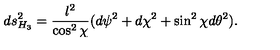
d s _ { H _ { 3 } } ^ { 2 } = { \frac { l ^ { 2 } } { \cos ^ { 2 } \chi } } ( d \psi ^ { 2 } + d \chi ^ { 2 } + \sin ^ { 2 } \chi d \theta ^ { 2 } ) .